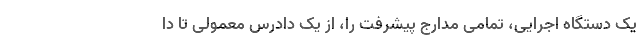
یک دستگاه اجرایی، تمامی مدارج پیشرفت را، از یک دادرس معمولی تا دا